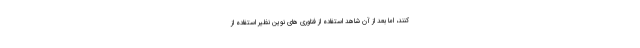
کنند، اما بعد از آن شاهد استفاده از فناوری های نوین نظیر استفاده از